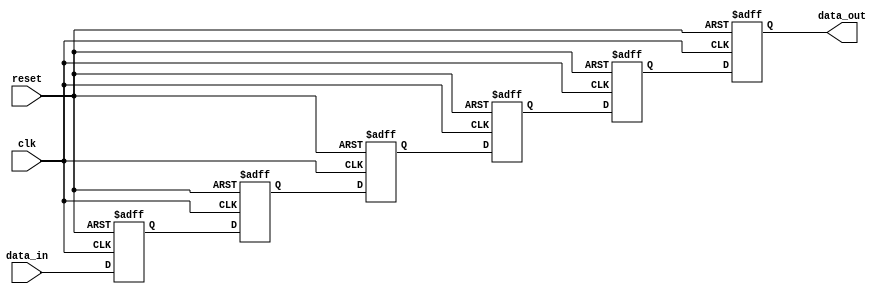
//delay 6 cycles
module delay6(data_in, data_out, clk, reset);
	
	input clk;
	input reset;
	input signed [24:0] data_in;
	output reg signed [24:0] data_out;
	
	reg signed [24:0] data_temp1;
	reg signed [24:0] data_temp2;
	reg signed [24:0] data_temp3;
	reg signed [24:0] data_temp4;
	reg signed [24:0] data_temp5;
	
	always @ ( posedge clk or posedge reset) begin
		if(reset) data_temp1 <= 0;
		else data_temp1 <= data_in;
	end

	always @ ( posedge clk or posedge reset) begin
		if(reset) data_temp2 <= 0;
		else data_temp2 <= data_temp1;
	end

	always @ ( posedge clk or posedge reset) begin
		if(reset) data_temp3 <= 0;
		else data_temp3 <= data_temp2;
	end
	
	always @ ( posedge clk or posedge reset) begin
		if(reset) data_temp4 <= 0;
		else data_temp4 <= data_temp3;
	end

	always @ ( posedge clk or posedge reset) begin
		if(reset) data_temp5 <= 0;
		else data_temp5 <= data_temp4;
	end
	
	always @ ( posedge clk or posedge reset) begin
		if(reset) data_out <= 0;
		else data_out <= data_temp5;
	end
	
endmodule